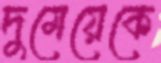
দুমেয়েকে